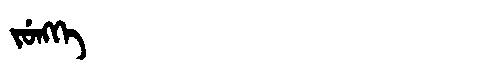
Manchu: ᠵᡠᠩᡴᡝ
Romanization: JUNGKE